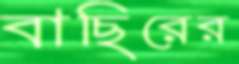
বাছিরের